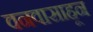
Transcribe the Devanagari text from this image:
वनवासाहून